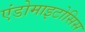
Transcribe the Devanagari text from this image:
एंडोमाइटोसिस